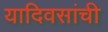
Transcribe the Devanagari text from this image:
यादिवसांची